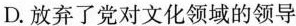
D. 放弃了党对文化领域的领导